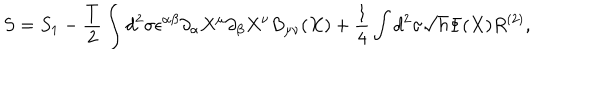
LaTeX: S = S _ { 1 } - \frac { T } { 2 } \int d ^ { 2 } \sigma \epsilon ^ { \alpha \beta } \partial _ { \alpha } X ^ { \mu } \partial _ { \beta } X ^ { \nu } B _ { \mu \nu } ( X ) + \frac { 1 } { 4 } \int d ^ { 2 } \sigma \sqrt { h } \Phi ( X ) R ^ { ( 2 ) } ,